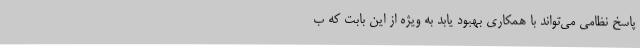
پاسخ نظامی می‌تواند با همکاری بهبود یابد به ویژه از این بابت که ب